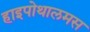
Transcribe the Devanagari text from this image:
हाइपोथालमस